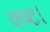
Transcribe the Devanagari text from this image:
कष्ट।